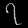
Digit: ၇